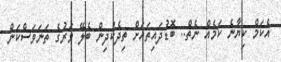
އެކަމް ކިޔާނެ ކަމެއް ނެތް.. ބޮޑުދައިތައަށް ތިދެކުދިން ބެލޭ ވަރުގެ ތަނަވަސްކަން